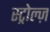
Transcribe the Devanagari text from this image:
स्ट्रोल्ज़